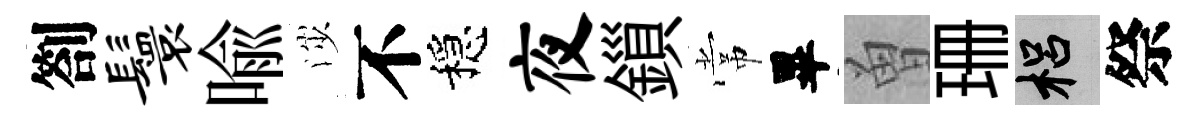
劄鬟喩渉不穩夜鎻常畢曽珊梠祭